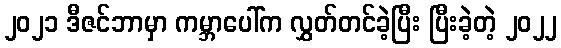
၂၀၂၁ ဒီဇင်ဘာမှာ ကမ္ဘာပေါ်က လွှတ်တင်ခဲ့ပြီး ပြီးခဲ့တဲ့ ၂၀၂၂